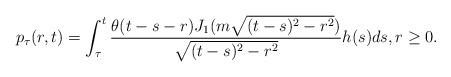
LaTeX: \begin{align*}p_\tau(r,t)=\int_\tau^t\frac{\theta(t-s-r)J_1(m\sqrt{(t-s)^2-r^2})}{\sqrt{(t-s)^2-r^2}}h(s)ds,r\ge 0.\end{align*}